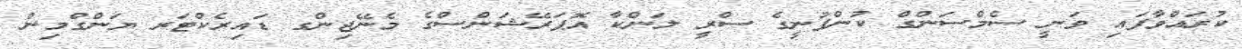
ކުރައްވާފައި ވަނީ ސެމްސަންގް ކުންފުނީގެ ސްރީ ލަންކާ އޮޕަރޭޝަންސްގެ މެނޭޖިންގ ޑައިރެކްޓަރ ޔަންގްމިން